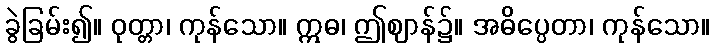
ခွဲခြမ်း၍။ ဝုတ္တာ၊ ကုန်သော။ ဣဓ၊ ဤဈာန်၌။ အဓိပ္ပေတာ၊ ကုန်သော။